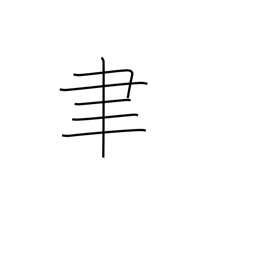
Meaning: writing brush radical (no. 129)